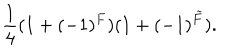
LaTeX: \frac { 1 } { 4 } ( 1 + ( - 1 ) ^ { F } ) ( 1 + ( - 1 ) ^ { \tilde { F } } ) .